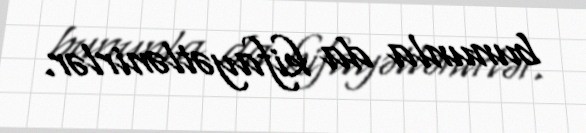
bununla da kifayətlənirlər.